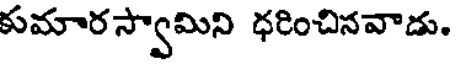
కుమారస్వామిని ధరించినవాడు.